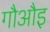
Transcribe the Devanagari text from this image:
गौऔइ